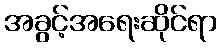
အခွင့်အရေးဆိုင်ရာ